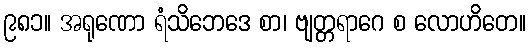
၉၈၁။ အရုဏော ရံသိဘေဒေ စာ၊ ဗျတ္တရာဂေ စ လောဟိတေ။